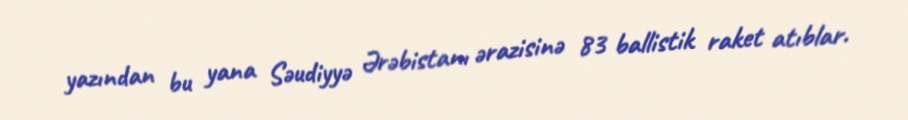
yazından bu yana Səudiyyə Ərəbistanı ərazisinə 83 ballistik raket atıblar.